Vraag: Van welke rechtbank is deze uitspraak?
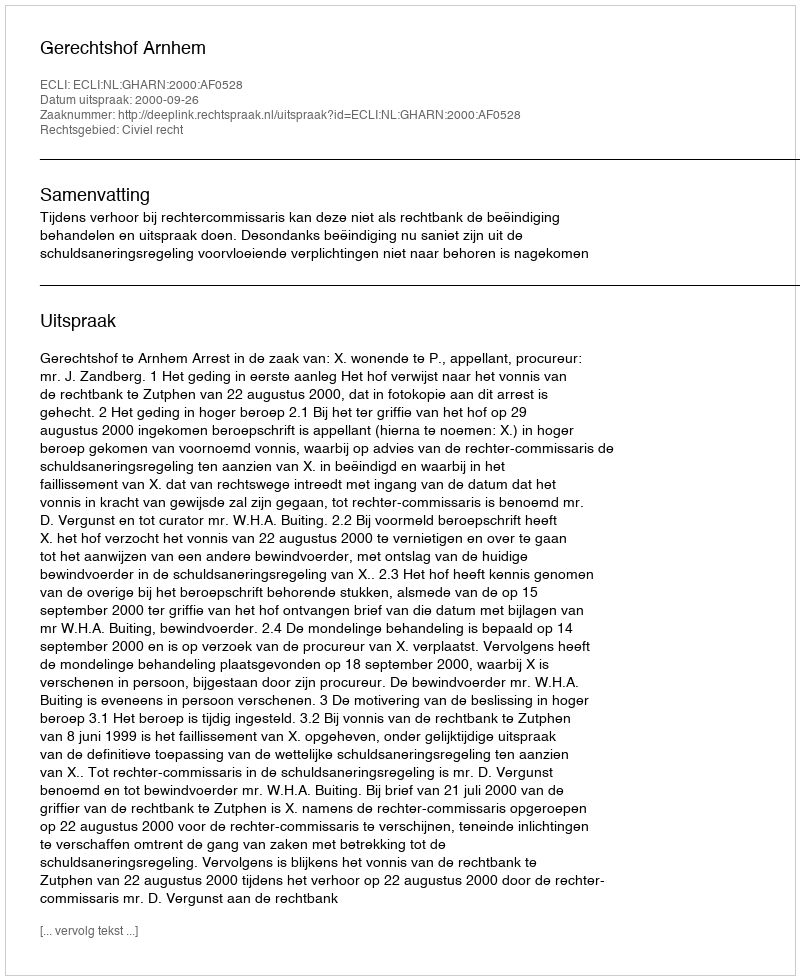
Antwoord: Gerechtshof Arnhem